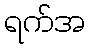
ရက်အ